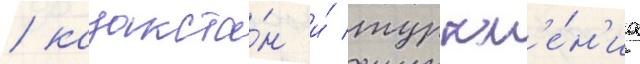
/ казахста́н и́ туркм'е́н'иа